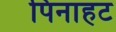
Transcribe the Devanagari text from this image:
पिनाहट